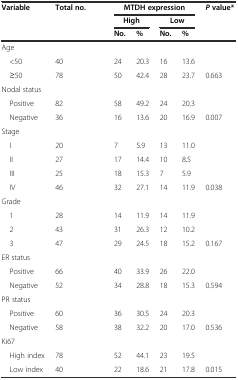
<table><thead><tr><td rowspan="2"><b>Variable</b></td><td rowspan="2"><b>Total no.</b></td><td colspan="4"><b>MTDH expression</b></td><td><b><i>P</i>value*</b></td></tr><tr><td colspan="2"><b>High</b></td><td colspan="2"><b>Low</b></td><td></td></tr><tr><td></td><td></td><td><b>No.</b></td><td><b>%</b></td><td><b>No.</b></td><td><b>%</b></td><td></td></tr></thead><tbody><tr><td>Age</td><td></td><td></td><td></td><td></td><td></td><td></td></tr><tr><td> &lt;50</td><td>40</td><td>24</td><td>20.3</td><td>16</td><td>13.6</td><td></td></tr><tr><td> ≥50</td><td>78</td><td>50</td><td>42.4</td><td>28</td><td>23.7</td><td>0.663</td></tr><tr><td>Nodal status</td><td></td><td></td><td></td><td></td><td></td><td></td></tr><tr><td> Positive</td><td>82</td><td>58</td><td>49.2</td><td>24</td><td>20.3</td><td></td></tr><tr><td> Negative</td><td>36</td><td>16</td><td>13.6</td><td>20</td><td>16.9</td><td>0.007</td></tr><tr><td>Stage</td><td></td><td></td><td></td><td></td><td></td><td></td></tr><tr><td> I</td><td>20</td><td>7</td><td>5.9</td><td>13</td><td>11.0</td><td></td></tr><tr><td> II</td><td>27</td><td>17</td><td>14.4</td><td>10</td><td>8.5</td><td></td></tr><tr><td> III</td><td>25</td><td>18</td><td>15.3</td><td>7</td><td>5.9</td><td></td></tr><tr><td> IV</td><td>46</td><td>32</td><td>27.1</td><td>14</td><td>11.9</td><td>0.038</td></tr><tr><td>Grade</td><td></td><td></td><td></td><td></td><td></td><td></td></tr><tr><td> 1</td><td>28</td><td>14</td><td>11.9</td><td>14</td><td>11.9</td><td></td></tr><tr><td> 2</td><td>43</td><td>31</td><td>26.3</td><td>12</td><td>10.2</td><td></td></tr><tr><td> 3</td><td>47</td><td>29</td><td>24.5</td><td>18</td><td>15.2</td><td>0.167</td></tr><tr><td>ER status</td><td></td><td></td><td></td><td></td><td></td><td></td></tr><tr><td> Positive</td><td>66</td><td>40</td><td>33.9</td><td>26</td><td>22.0</td><td></td></tr><tr><td> Negative</td><td>52</td><td>34</td><td>28.8</td><td>18</td><td>15.3</td><td>0.594</td></tr><tr><td>PR status</td><td></td><td></td><td></td><td></td><td></td><td></td></tr><tr><td> Positive</td><td>60</td><td>36</td><td>30.5</td><td>24</td><td>20.3</td><td></td></tr><tr><td> Negative</td><td>58</td><td>38</td><td>32.2</td><td>20</td><td>17.0</td><td>0.536</td></tr><tr><td>Ki67</td><td></td><td></td><td></td><td></td><td></td><td></td></tr><tr><td> High index</td><td>78</td><td>52</td><td>44.1</td><td>23</td><td>19.5</td><td></td></tr><tr><td> Low index</td><td>40</td><td>22</td><td>18.6</td><td>21</td><td>17.8</td><td>0.015</td></tr></tbody></table>